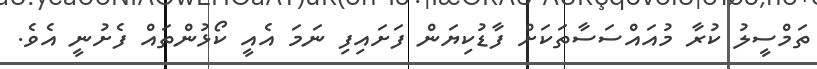
ތަމްސީލު ކުރާ މުއައްސަސާތަކަށް ފާޑުކިޔަން ފަށައިފި ނަމަ އެއީ ކޯޅުންތައް ފެށުނީ އެވެ.